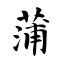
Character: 蒲